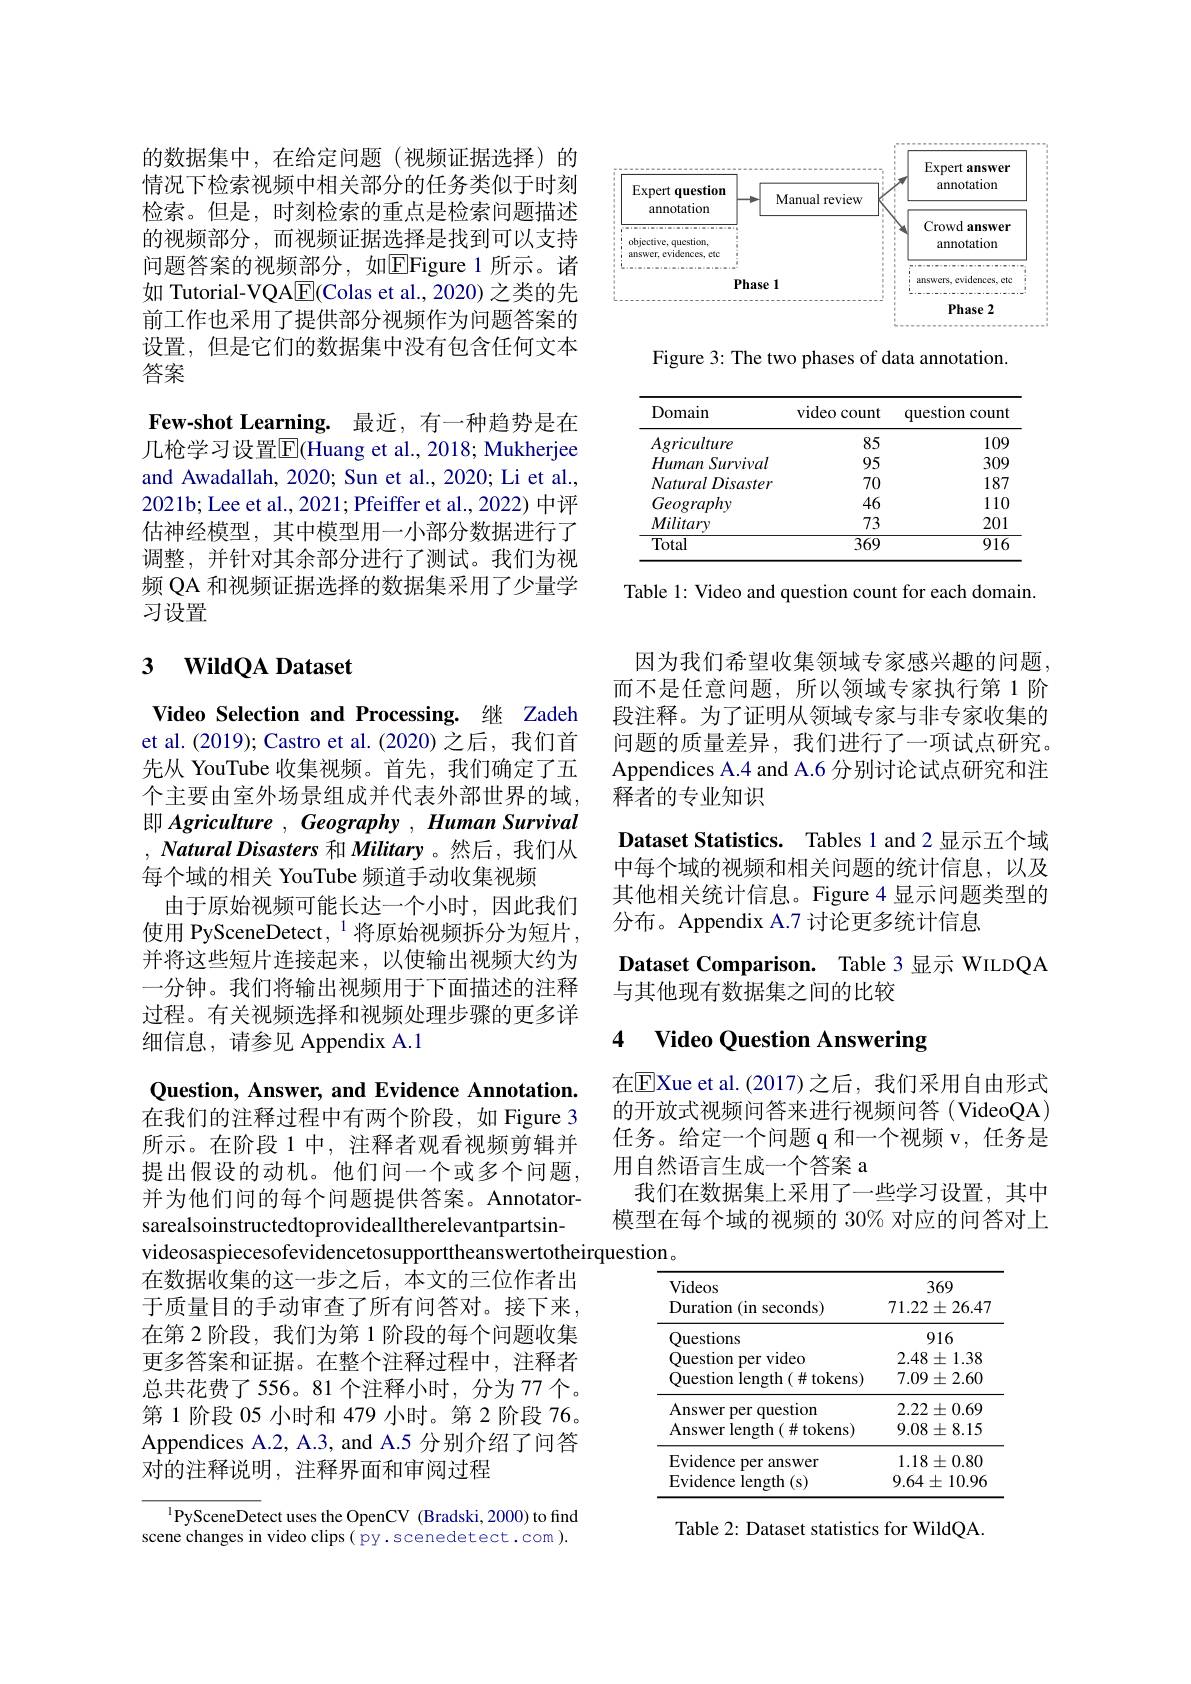
的数据集中，在给定问题(视频证据选择)的情况下检索视频中相关部分的任务类似于时刻检索。但是，时刻检索的重点是检索问题描述的视频部分，而视频证据选择是找到可以支持问题答案的视频部分，如$\boxed{\mathrm{E}}$Figure 1 所示。诸如 Tutorial-VQA$\underline{\mathrm{E}}($Colas et al., 2020) 之类的先前工作也采用了提供部分视频作为问题答案的设置，但是它们的数据集中没有包含任何文本答案
Few-shot Learning. 最近，有一种趋势是在几枪学习设置$\boxed{\mathrm{F}}$(Huang et al., 2018; Mukherjee and Awadallah, 2020; Sun et al., 2020; Li et al., 2021b; Lee et al., 2021; Pfeiffer et al., 2022) 中评估神经模型，其中模型用一小部分数据进行了调整，并针对其余部分进行了测试。我们为视频 QA 和视频证据选择的数据集采用了少量学习设置

### $\textbf{3}$ $\textbf{WildOA Dataset}$

Video Selection and Processing. 继 Zadeh et al. (2019); Castro et al. (2020) 之后，我们首先从 YouTube 收集视频。首先，我们确定了五个主要由室外场景组成并代表外部世界的域， 即 Agriculture , Geography , Human Survival , Natural Disasters和 Military 。然后，我们从每个域的相关 YouTube 频道手动收集视频
由于原始视频可能长达一个小时，因此我们使用 PySceneDetect, $^{1}$将原始视频拆分为短片， 并将这些短片连接起来，以使输出视频大约为一分钟。我们将输出视频用于下面描述的注释过程。有关视频选择和视频处理步骤的更多详细信息，请参见 Appendix A.1

<FigureHere>

Figure 3: The two phases of data annotation.

<table>
	<tbody>
		<tr>
			<th>Domain</th>
			<th>video count</th>
			<th>question 1count 1</th>
		</tr>
		<tr>
			<td>Agriculture</td>
			<td>85</td>
			<td>109</td>
		</tr>
		<tr>
			<td>Human Survival</td>
			<td>95</td>
			<td>309</td>
		</tr>
		<tr>
			<td>NaturalDisaster</td>
			<td>70</td>
			<td>187</td>
		</tr>
		<tr>
			<td>Geography</td>
			<td>46</td>
			<td>110</td>
		</tr>
		<tr>
			<td>Military</td>
			<td>73</td>
			<td>201</td>
		</tr>
		<tr>
			<td>Total</td>
			<td>369</td>
			<td>916</td>
		</tr>
	</tbody>
</table>

Table 1: Video and question count for each domain.

Question, Answer, and Evidence Annotation. 在我们的注释过程中有两个阶段，如 Figure 3所示。在阶段 1 中，注释者观看视频剪辑并提出假设的动机。他们问一个或多个问题， 并为他们问的每个问题提供答案。Annotatorsarealsoinstructedtoprovidealltherelevantpartsinvideosaspiecesofevidencetosupporttheanswertotheirquestion。
在数据收集的这一步之后，本文的三位作者出于质量目的手动审查了所有问答对。接下来， 在第 2 阶段，我们为第 1 阶段的每个问题收集更多答案和证据。在整个注释过程中，注释者总共花费了556。81 个注释小时，分为 77个。第1阶段 05 小时和 479 小时。第 2 阶段 76。Appendices A.2, A.3, and A.5 分别介绍了问答对的注释说明，注释界面和审阅过程

$^{1}$PySceneDetect uses the OpenCV (Bradski, 2000) to find scene changes in video clips( py. scenedetect.com ).

因为我们希望收集领域专家感兴趣的问题， 而不是任意问题，所以领域专家执行第 1 阶段注释。为了证明从领域专家与非专家收集的问题的质量差异，我们进行了一项试点研究。Appendices A.4 and A.6 分别讨论试点研究和注释者的专业知识
Dataset Statistics. Tables 1 and 2 显示五个域中每个域的视频和相关问题的统计信息，以及其他相关统计信息。Figure 4 显示问题类型的分布。Appendix A.7 讨论更多统计信息

Dataset Comparison. Table 3 显示 WILDQA
与其他现有数据集之间的比较

### 4 $\textbf{Video Ouestion Answering}$

在$\overline{\mathrm{E}}$Xue et al.(2017)之后，我们采用自由形式的开放式视频问答来进行视频问答(VideoQA) 任务。给定一个问题 q 和一个视频 v, 任务是用自然语言生成一个答案 a
我们在数据集上采用了一些学习设置，其中模型在每个域的视频的 30% 对应的问答对上

<table>
	<tbody>
		<tr>
			<th>Videos Duration (in seconds)</th>
			<th>369 $71.22\pm26.4$</th>
		</tr>
		<tr>
			<td>Questions</td>
			<td>916</td>
		</tr>
		<tr>
			<td>Question per video</td>
			<td>$2.48\pm1.38$</td>
		</tr>
		<tr>
			<td>Question length(#tokens)</td>
			<td>$7.09\pm2.60$</td>
		</tr>
		<tr>
			<td>Answer per question</td>
			<td>$2.22\pm0.69$</td>
		</tr>
		<tr>
			<td>${\mathrm{Answer~length~(\#tokens)}}$</td>
			<td>$9.08\pm8.15$</td>
		</tr>
		<tr>
			<td>Evidence per answer</td>
			<td>$1.18\pm0.80$</td>
		</tr>
		<tr>
			<td>Evidence length (s)</td>
			<td>$9.64\pm10.96$</td>
		</tr>
	</tbody>
</table>

Table 2: Dataset statistics for WildQA.